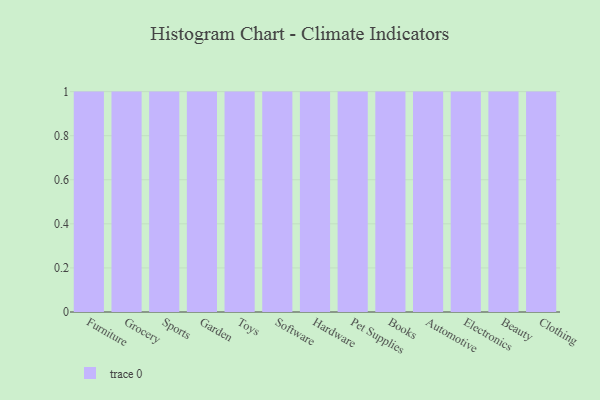
{"axis": {"x": "Category", "y": "Operating Costs (USD K)"}, "legend": [""], "data": [{"x": "Furniture", "y": 61, "type": ""}, {"x": "Grocery", "y": 77, "type": ""}, {"x": "Sports", "y": 54, "type": ""}, {"x": "Garden", "y": 78, "type": ""}, {"x": "Toys", "y": 39, "type": ""}, {"x": "Software", "y": 51, "type": ""}, {"x": "Hardware", "y": 100, "type": ""}, {"x": "Pet Supplies", "y": 5, "type": ""}, {"x": "Books", "y": 80, "type": ""}, {"x": "Automotive", "y": 43, "type": ""}, {"x": "Electronics", "y": 90, "type": ""}, {"x": "Beauty", "y": 82, "type": ""}, {"x": "Clothing", "y": 35, "type": ""}]}